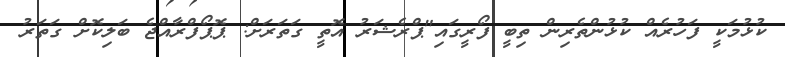
ކުޅުމަކީ ފަހުރެއް ކުޅުންތެރިން ތިބީ ފޯރީގައި"ޕްރެޝަރު އޮތީ ގަތަރަށް: ޕޮޕޯފްރާއްޖެ ބަލިކޮށް ގަތަރު